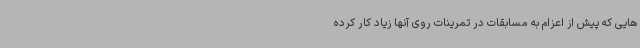
هایی که پیش از اعزام به مسابقات در تمرینات روی آنها زیاد کار کرده